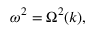
\omega ^ { 2 } = \Omega ^ { 2 } ( k ) ,